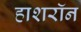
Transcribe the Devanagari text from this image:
हाशरॉन